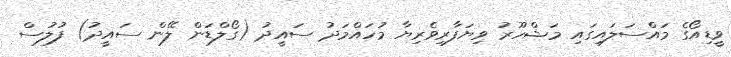
ވީޑިއޯގެ މައްސަލައިގައި މަޝްހޫރު ވިޔަފާރިވެރިޔާ މުހައްމަދު ސައީދު (ގޯލްޑަން ލޭން ސައީދު) ފުލުސް